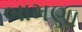
બામણા